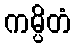
ကမ္ပိတံ